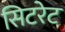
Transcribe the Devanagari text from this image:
सिटरेट